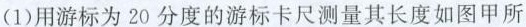
(1)用游标为20分度的游标卡尺测量其长度如图甲所